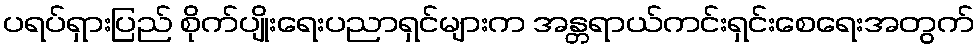
ပရပ်ရှားပြည် စိုက်ပျိုးရေးပညာရှင်များက အန္တရာယ်ကင်းရှင်းစေရေးအတွက်